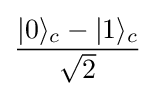
{\frac {|0\rangle _{c}-|1\rangle _{c}}{\sqrt {2}}}